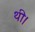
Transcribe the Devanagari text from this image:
थी।